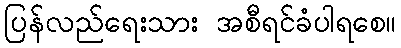
ပြန်လည်ရေးသား အစီရင်ခံပါရစေ။